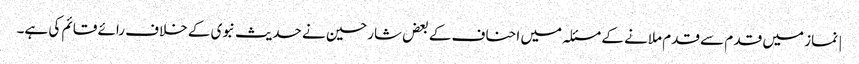
| نماز میں قد م سے قدم ملانے کے مسئلہ میں احناف کے بعض شارحین نے حدیث نبوی کے خلاف رائے قائم کی ہے۔